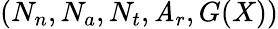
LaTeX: (N_{n},N_{a},N_{t},\mathit{A}_{r},G(X))